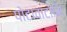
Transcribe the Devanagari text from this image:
पोटावाटोमि